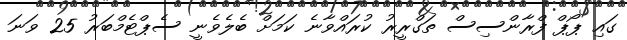
ގައި ޕޯޕް ފްރާންސިސް ތަގްރީރު ކުރައްވާނެ ކަމަށް ބެެލެވެނީ ސެޕްޓެމްބަރު 25 ވަނަ